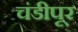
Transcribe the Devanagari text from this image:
चंडीपूर